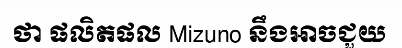
ថា ផលិតផល Mizuno នឹងអាចជួយ